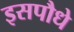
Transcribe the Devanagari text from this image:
इसपौधे